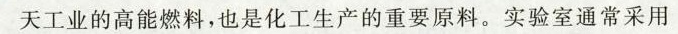
天工业的高能燃料，也是化工生产的重要原料。实验室通常采用